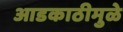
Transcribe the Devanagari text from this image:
आडकाठीमुळे